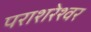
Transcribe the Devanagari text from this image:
पराशरेश्वर